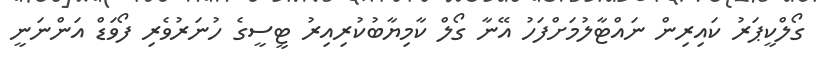
ގޯލްކީޕަރު ކައިރިން ނައްޓާލުމަށްފަހު އޭނާ ގޯލް ކާމިޔާބުކުރިއިރު ޓީސީގެ ހުނަރުވެރި ފޯވަޑް އަންނަނީ